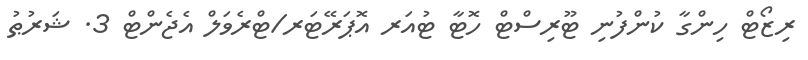
ރިޒޯޓް ހިންގާ ކުންފުނި ޓޫރިސްޓް ހޮޓާ ޓުއަރ އޮޕަރޭޓަރ/ޓްރެވަލް އެޖެންޓް 3. ޝަރުޠު